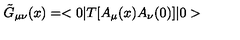
\tilde { G } _ { \mu \nu } ( x ) = < 0 | T [ A _ { \mu } ( x ) A _ { \nu } ( 0 ) ] | 0 >